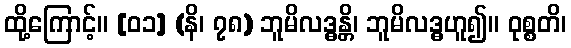
ထို့ကြောင့်။ [၀၁] (နိ၊ ၇၈) ဘူမိလဒ္ဓန္တိ၊ ဘူမိလဒ္ဓဟူ၍။ ဝုစ္စတိ၊